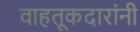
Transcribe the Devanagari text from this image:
वाहतूकदारांनी